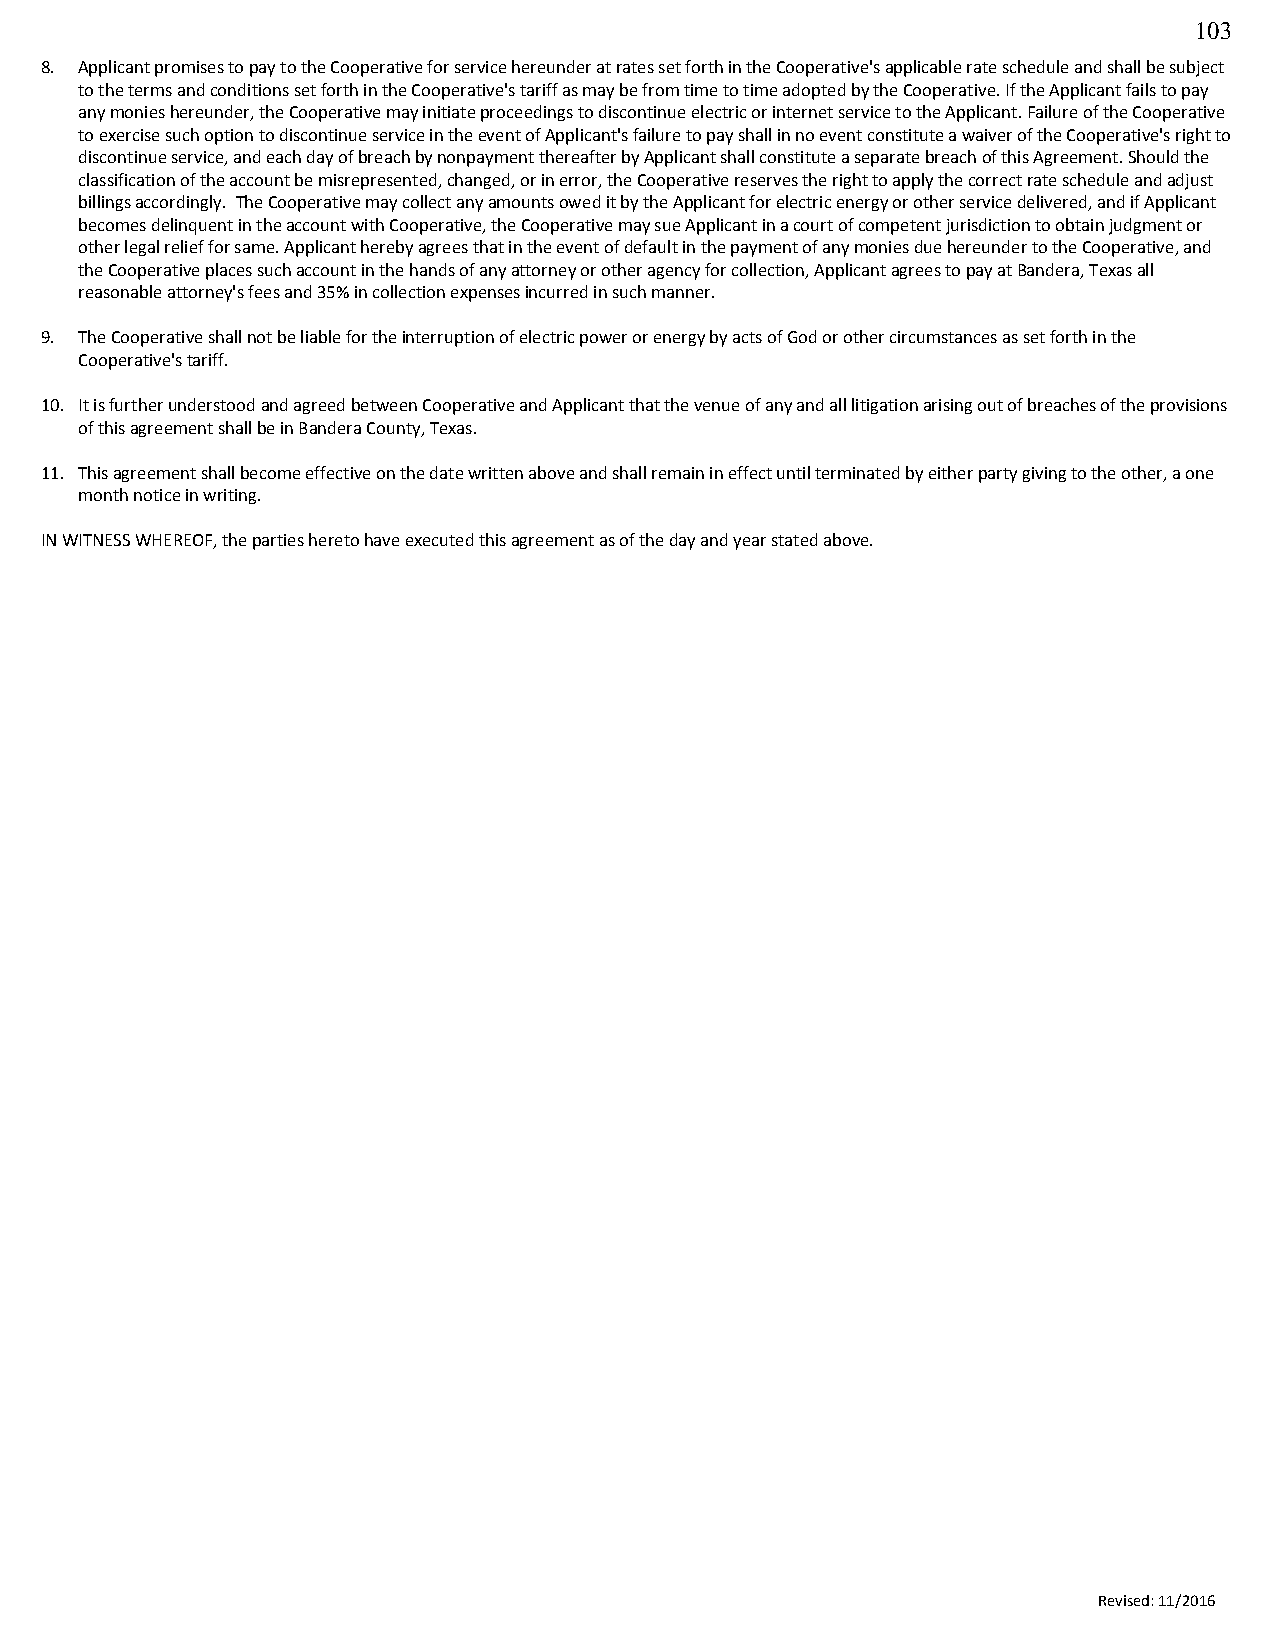
103
 8. Applicant promises to pay to the Cooperative for service hereunder at rates set forth in the Cooperative's applicable rate schedule and shall be subject
 to the terms and conditions set forth in the Cooperative's tariff as may be from time to time adopted by the Cooperative. If the Applicant fails to pay
 any monies hereunder, the Cooperative may initiate proceedings to discontinue electric or internet service to the Applicant. Failure of the Cooperative
 to exercise such option to discontinue service in the event of Applicant's failure to pay shall in no event constitute a waiver of the Cooperative's right to
 discontinue service, and each day of breach by nonpayment thereafter by Applicant shall constitute a separate breach of this Agreement. Should the
 classification of the account be misrepresented, changed, or in error, the Cooperative reserves the right to apply the correct rate schedule and adjust
 billings accordingly. The Cooperative may collect any amounts owed it by the Applicant for electric energy or other service delivered, and if Applicant
 becomes delinquent in the account with Cooperative, the Cooperative may sue Applicant in a court of competent jurisdiction to obtain judgment or
 other legal relief for same. Applicant hereby agrees that in the event of default in the payment of any monies due hereunder to the Cooperative, and
 the Cooperative places such account in the hands of any attorney or other agency for collection, Applicant agrees to pay at Bandera, Texas all
 reasonable attorney's fees and 35% in collection expenses incurred in such manner.
 9. The Cooperative shall not be liable for the interruption of electric power or energy by acts of God or other circumstances as set forth in the
 Cooperative's tariff.
 10. It is further understood and agreed between Cooperative and Applicant that the venue of any and all litigation arising out of breaches of the provisions
 of this agreement shall be in Bandera County, Texas.
 11. This agreement shall become effective on the date written above and shall remain in effect until terminated by either party giving to the other, a one
 month notice in writing.
 IN WITNESS WHEREOF, the parties hereto have executed this agreement as of the day and year stated above.
 Revised: 11/2016